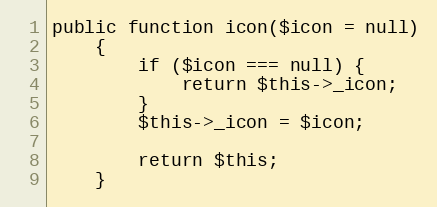
Language: PHP
public function icon($icon = null)
    {
        if ($icon === null) {
            return $this->_icon;
        }
        $this->_icon = $icon;

        return $this;
    }